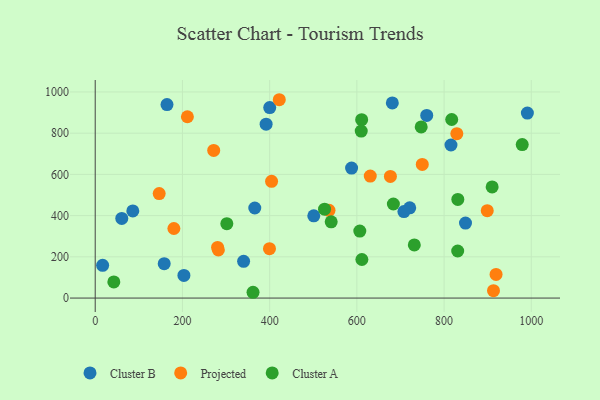
{"axis": {"x": "Experience", "y": "Sales"}, "legend": ["Cluster A", "Cluster B", "Projected"], "data": [{"x": "60.9", "y": 386.4, "type": "Cluster B"}, {"x": "501.2", "y": 399.1, "type": "Cluster B"}, {"x": "400.2", "y": 924.2, "type": "Cluster B"}, {"x": "340.3", "y": 178.3, "type": "Cluster B"}, {"x": "365.9", "y": 437.1, "type": "Cluster B"}, {"x": "849.1", "y": 363.9, "type": "Cluster B"}, {"x": "203.4", "y": 109.8, "type": "Cluster B"}, {"x": "991.0", "y": 897.3, "type": "Cluster B"}, {"x": "86.2", "y": 422.9, "type": "Cluster B"}, {"x": "681.3", "y": 946.8, "type": "Cluster B"}, {"x": "760.2", "y": 886.0, "type": "Cluster B"}, {"x": "721.2", "y": 437.8, "type": "Cluster B"}, {"x": "17.0", "y": 158.7, "type": "Cluster B"}, {"x": "391.9", "y": 843.8, "type": "Cluster B"}, {"x": "164.6", "y": 938.6, "type": "Cluster B"}, {"x": "158.2", "y": 167.0, "type": "Cluster B"}, {"x": "707.9", "y": 419.6, "type": "Cluster B"}, {"x": "587.9", "y": 630.5, "type": "Cluster B"}, {"x": "815.8", "y": 742.6, "type": "Cluster B"}, {"x": "919.2", "y": 114.6, "type": "Projected"}, {"x": "404.4", "y": 566.6, "type": "Projected"}, {"x": "913.3", "y": 36.1, "type": "Projected"}, {"x": "829.2", "y": 797.8, "type": "Projected"}, {"x": "211.4", "y": 879.7, "type": "Projected"}, {"x": "422.1", "y": 962.3, "type": "Projected"}, {"x": "899.0", "y": 424.0, "type": "Projected"}, {"x": "750.0", "y": 648.2, "type": "Projected"}, {"x": "280.6", "y": 245.8, "type": "Projected"}, {"x": "282.4", "y": 233.6, "type": "Projected"}, {"x": "399.6", "y": 239.7, "type": "Projected"}, {"x": "676.9", "y": 590.3, "type": "Projected"}, {"x": "630.7", "y": 591.8, "type": "Projected"}, {"x": "271.7", "y": 716.1, "type": "Projected"}, {"x": "536.1", "y": 425.5, "type": "Projected"}, {"x": "146.7", "y": 506.9, "type": "Projected"}, {"x": "180.4", "y": 337.5, "type": "Projected"}, {"x": "611.0", "y": 865.7, "type": "Cluster A"}, {"x": "817.5", "y": 866.3, "type": "Cluster A"}, {"x": "747.5", "y": 830.4, "type": "Cluster A"}, {"x": "683.7", "y": 456.4, "type": "Cluster A"}, {"x": "831.5", "y": 478.7, "type": "Cluster A"}, {"x": "541.1", "y": 369.9, "type": "Cluster A"}, {"x": "610.0", "y": 810.4, "type": "Cluster A"}, {"x": "525.9", "y": 431.4, "type": "Cluster A"}, {"x": "831.2", "y": 228.3, "type": "Cluster A"}, {"x": "606.7", "y": 324.8, "type": "Cluster A"}, {"x": "731.7", "y": 257.6, "type": "Cluster A"}, {"x": "910.2", "y": 539.2, "type": "Cluster A"}, {"x": "979.2", "y": 744.6, "type": "Cluster A"}, {"x": "611.5", "y": 187.2, "type": "Cluster A"}, {"x": "42.7", "y": 78.4, "type": "Cluster A"}, {"x": "361.9", "y": 28.1, "type": "Cluster A"}, {"x": "301.8", "y": 361.0, "type": "Cluster A"}]}